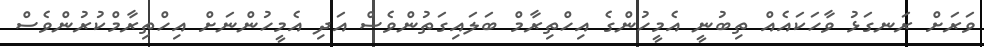
ވަރަށް ރަނގަޅު ވާހަކައެއް ތިބުނީ އެމީހުންގެ އިހްތިރާމް ބަލައިގަތުންވެސް އަދި އެމީހުންނަށް އިހްތިރާމްކުރުންވެސް